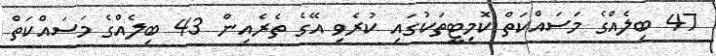
47 ބިލެއްގެ މަސައްކަތް ކޮމިޓީތަކުގައި ކުރެވި އޭގެ ތެރެއިން 43 ބިލެއްގެ މަސައްކަތް